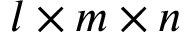
l \times m \times n